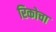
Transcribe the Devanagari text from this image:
रिकोचा